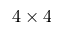
4 \times 4